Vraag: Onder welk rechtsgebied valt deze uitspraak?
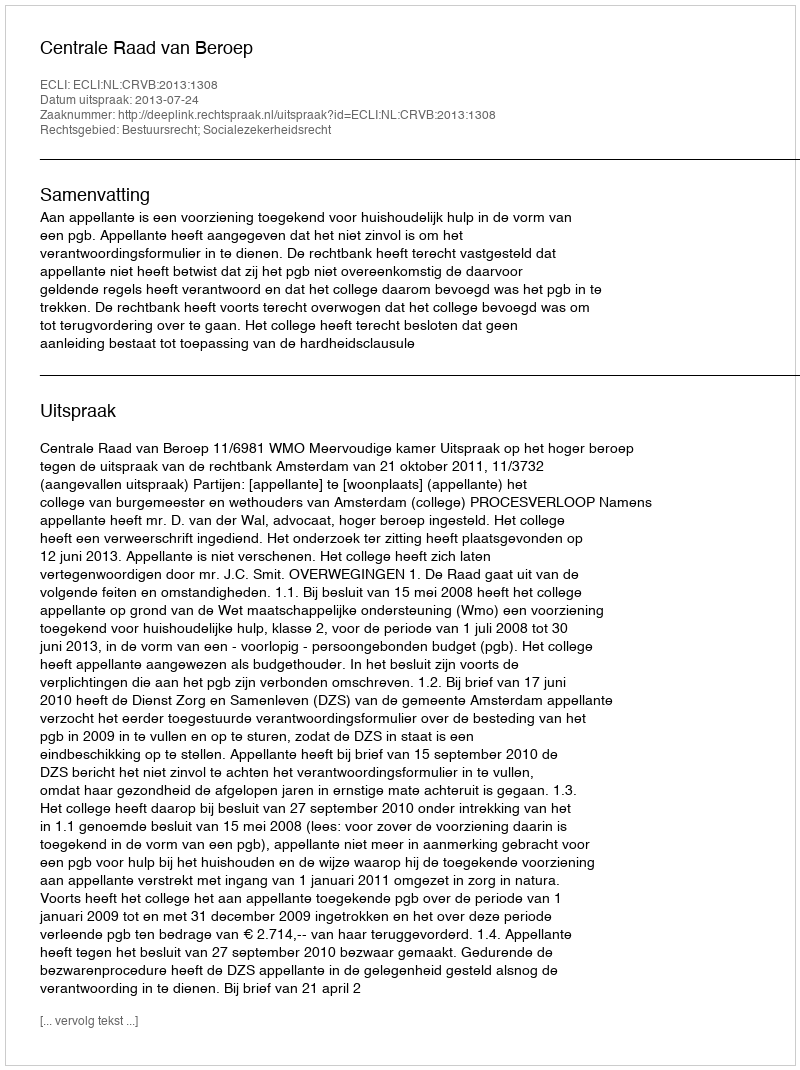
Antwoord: Bestuursrecht; Socialezekerheidsrecht